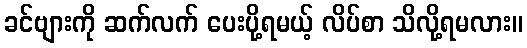
ခင်ဗျားကို ဆက်လက် ပေးပို့ရမယ့် လိပ်စာ သိလို့ရမလား။